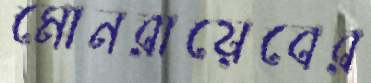
মোনরায়েবের